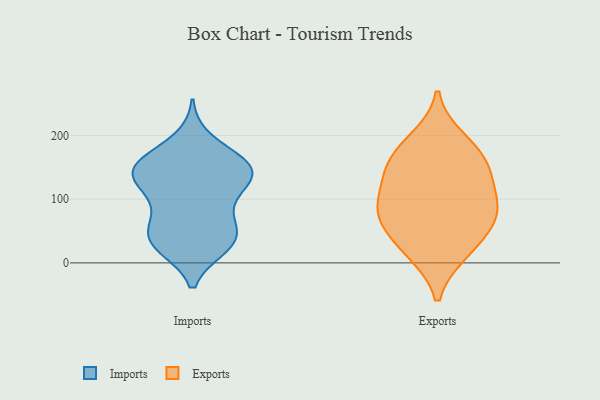
{"axis": {"x": "Gross Profit (USD K)", "y": "Value"}, "legend": ["Exports", "Imports"], "data": [{"x": "", "y": 50, "type": "Imports"}, {"x": "", "y": 61, "type": "Imports"}, {"x": "", "y": 158, "type": "Imports"}, {"x": "", "y": 26, "type": "Imports"}, {"x": "", "y": 103, "type": "Imports"}, {"x": "", "y": 75, "type": "Imports"}, {"x": "", "y": 156, "type": "Imports"}, {"x": "", "y": 49, "type": "Imports"}, {"x": "", "y": 150, "type": "Imports"}, {"x": "", "y": 111, "type": "Imports"}, {"x": "", "y": 148, "type": "Imports"}, {"x": "", "y": 28, "type": "Imports"}, {"x": "", "y": 25, "type": "Imports"}, {"x": "", "y": 32, "type": "Imports"}, {"x": "", "y": 161, "type": "Imports"}, {"x": "", "y": 127, "type": "Imports"}, {"x": "", "y": 193, "type": "Imports"}, {"x": "", "y": 145, "type": "Imports"}, {"x": "", "y": 136, "type": "Imports"}, {"x": "", "y": 130, "type": "Imports"}, {"x": "", "y": 81, "type": "Exports"}, {"x": "", "y": 132, "type": "Exports"}, {"x": "", "y": 20, "type": "Exports"}, {"x": "", "y": 16, "type": "Exports"}, {"x": "", "y": 58, "type": "Exports"}, {"x": "", "y": 194, "type": "Exports"}, {"x": "", "y": 73, "type": "Exports"}, {"x": "", "y": 156, "type": "Exports"}, {"x": "", "y": 175, "type": "Exports"}, {"x": "", "y": 143, "type": "Exports"}, {"x": "", "y": 79, "type": "Exports"}, {"x": "", "y": 103, "type": "Exports"}]}